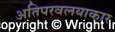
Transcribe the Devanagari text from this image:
अतिपरवलयाकार